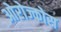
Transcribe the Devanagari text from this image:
ओरोज्कोस